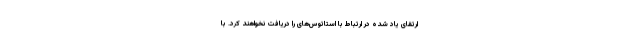
ارتقای یاد شده در ارتباط با استاتوس‌های را دریافت نخواهند کرد. با